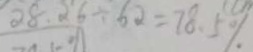
2 8 . 2 6 \div 6 . 2 = 7 8 . 5 \%